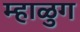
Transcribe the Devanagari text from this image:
म्हाळुग